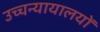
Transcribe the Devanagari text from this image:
उच्चन्यायालयों